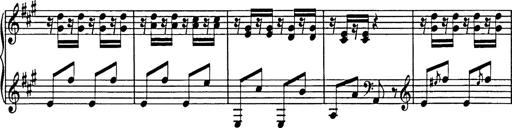
Title: Galop in A minor
Composer: Franz Liszt
Key: A minor